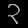
Digit: ၃